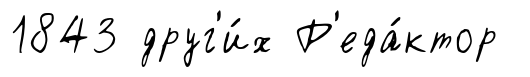
1843 друг'и́х Р'еда́ктор